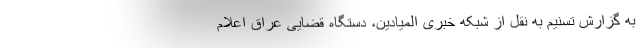
به گزارش تسنیم به نقل از شبکه خبری المیادین، دستگاه قضایی عراق اعلام